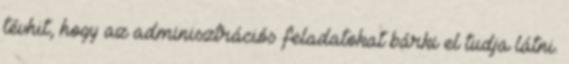
tévhit, hogy az adminisztrációs feladatokat bárki el tudja látni.